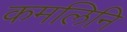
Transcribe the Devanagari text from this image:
कमलिनि